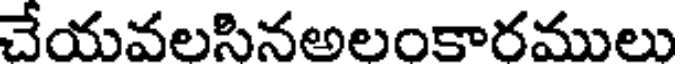
చేయవలసినఅలంకారములు